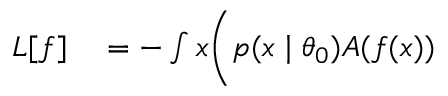
\begin{array} { r l } { L [ f ] } & { { } = - \int \d { x } \bigg ( p ( x \mid \theta _ { 0 } ) A ( f ( x ) ) } \end{array}